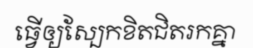
ធ្វើឲ្យស្បែកខិតជិតរកគ្នា